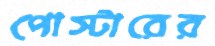
পোস্টারের